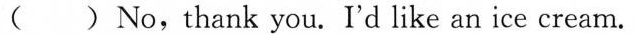
( ) No,thank you. I'd like an ice cream.